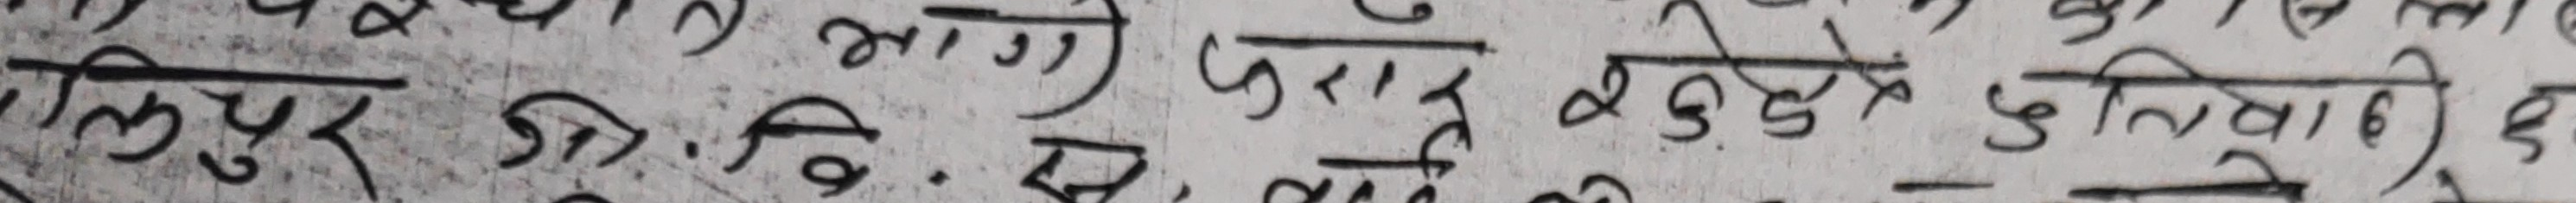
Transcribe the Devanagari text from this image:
लतपुर जा. वि. क्षेत्र जिरि कुर्कुलुङ्‌लिवाले छे